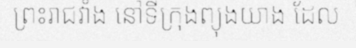
ព្រះរាជវាំង នៅទីក្រុងព្យុងយាង ដែល